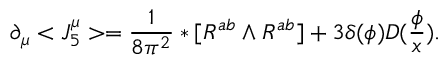
\partial _ { \mu } < J _ { 5 } ^ { \mu } > = \frac 1 { 8 \pi ^ { 2 } } * [ R ^ { a b } \wedge R ^ { a b } ] + 3 \delta ( \phi ) D ( \frac \phi x ) .